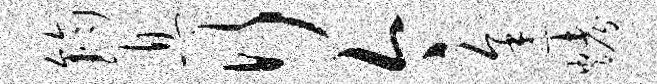
钧息行今途烤